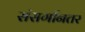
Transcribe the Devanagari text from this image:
संसर्गानतर